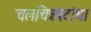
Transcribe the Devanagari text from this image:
चलचित्रपटांचा